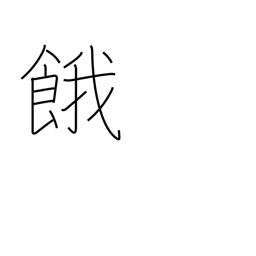
Meaning: thirst